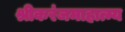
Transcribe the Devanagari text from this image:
श्रीकरंजमाहात्म्य